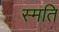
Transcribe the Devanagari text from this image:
स्मति